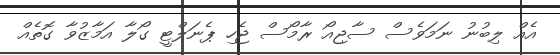
އެއް ލިބުނު ނަމަވެސް ސާޖިއޯ ރާމޯސް ޖެހި ޕެނަލްޓީ ގޯލާ އަމާޒުވާ ގޮތެއް